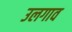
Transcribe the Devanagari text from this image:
उलगाव